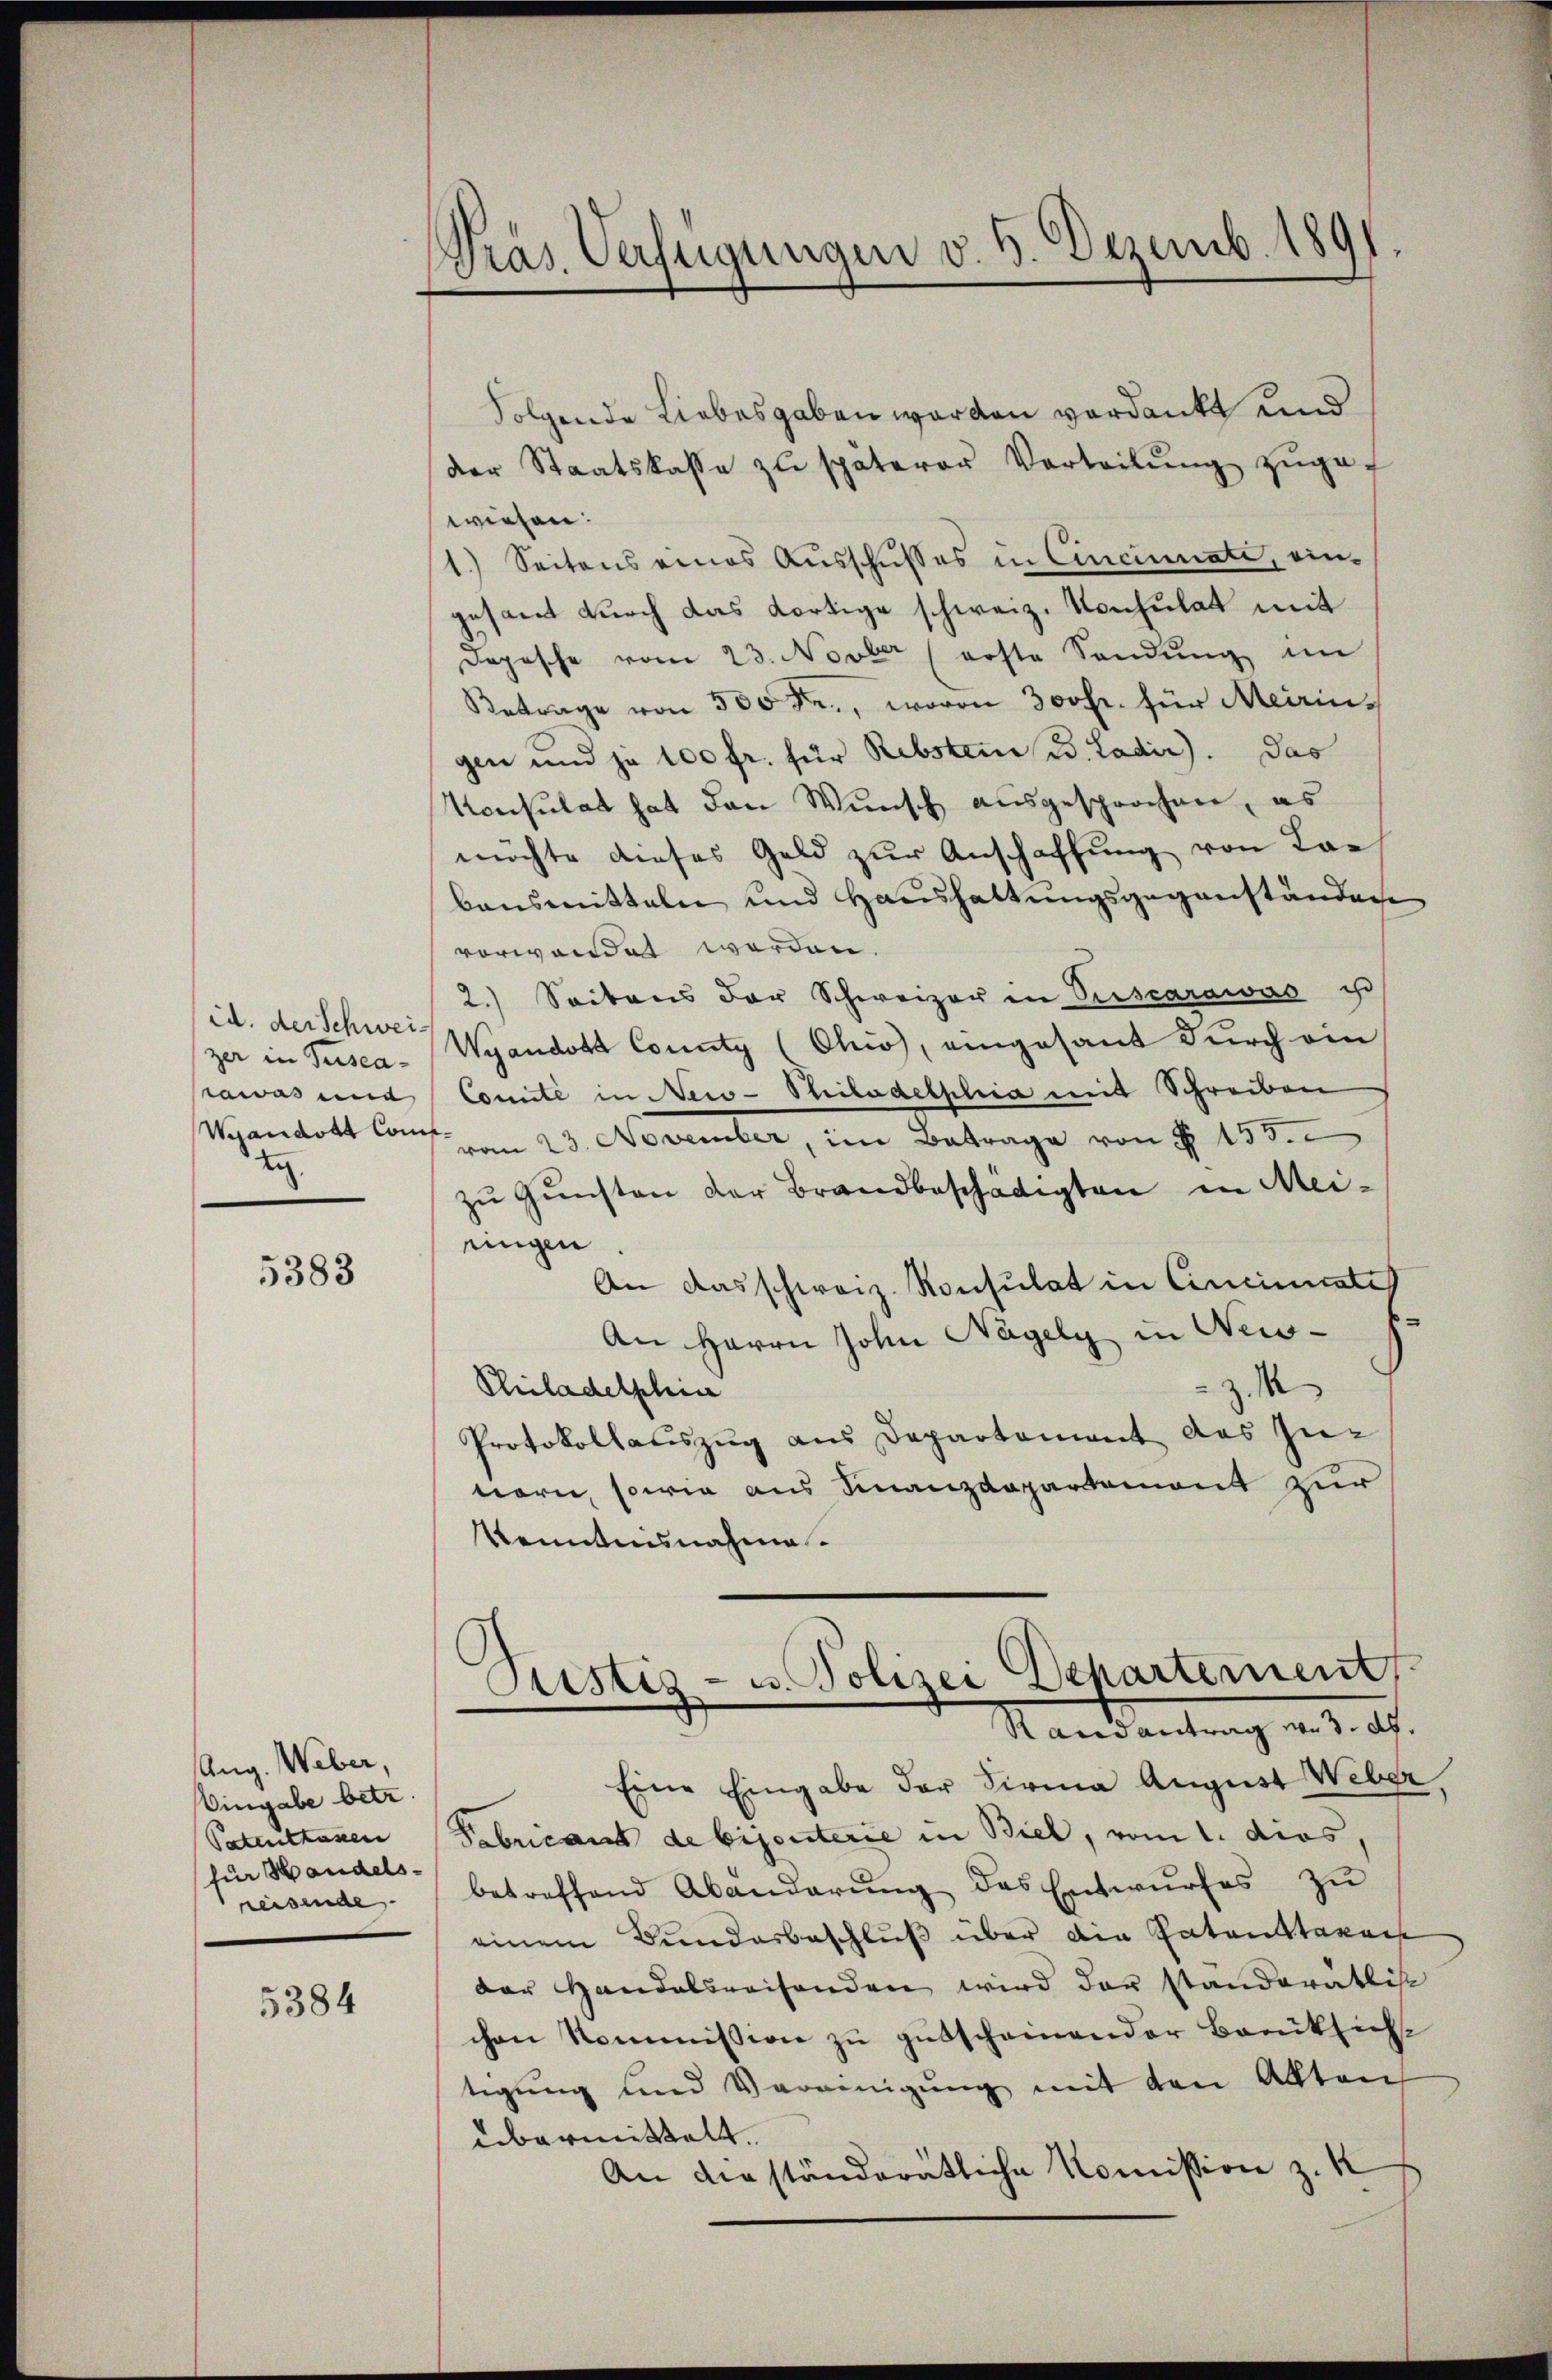
id. der Schweizer in Tuscat.

5383

Aug. Weber,
Eingabe betr
Patenttassen
für Handels-
reisende

5384

Präs. Verfügungen v. 6. Dezemb. 1891

Folgende Liebesgaben worden verdankt und
der Staatskasse zŭ späterer Vorteilŭng zuge-
wiesen:
1.) Seitens eines Ausschußes in Cincinnate, eingesamt durch das dortige schweiz. Konsulat mit
Depesche vom 23. Novber (erste Sandŭng im
Betrage von 300 Fr., wovon 300fr. für Meiringen und je 100 fr. für Rebsten u. Ladir). Das
Konsulat hat den Wunsch ausgesprochen, es
möchte dieses Geld zur Anschaffung von Lan
bensmitteln und Haushaltungsgegenständen
vorwandet werden.
2.) Seitens der Schweizer in Verscarawas e
Wyandota County (Chio, eingesant durch ein
awas und Comité in New-Philadelphia mit Schreiben
Wyandott Const am 23. November, im Betrage von § 155.
zŭ Gŭnsten der Brandbeschädigten in Meiungen
An das schweiz. Konsulat in Cincinistet
An Herrn John Nagely in New-
z. M
Philadelphia
Protokollauszug aus Departement das Zutorn, sowie aus Finanzdepartement zur
kenntensnahme.
Justiz- u. Polizei Departement
Randantrag von 3. ds.
Eine Eingabe der Firma August Weber,
Fabricant de bijouterie in Biel, vom 1. dies,
betreffend Abänderŭng des Entwŭrfes zŭ
einem Bundesbeschluß über die Patenstaxa
der Handelsreisenden wird der standeratist
chen Kommission zu gutscheinender Berüksicht
tigung und Vereinigung mit den Akten
übermittelt.
An die ständerätliche Komission z. K